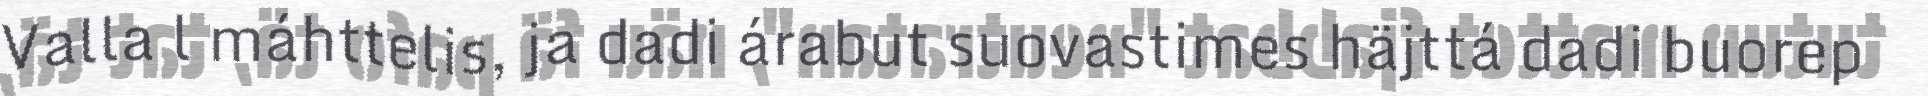
Valla l máhttelis, ja dadi árabut suovastimes häjttá dadi buorep